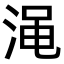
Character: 渑